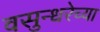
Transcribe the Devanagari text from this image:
वसुन्धरेच्या